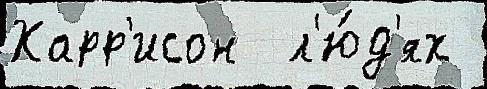
Харр'исон  л'ю́д'ях